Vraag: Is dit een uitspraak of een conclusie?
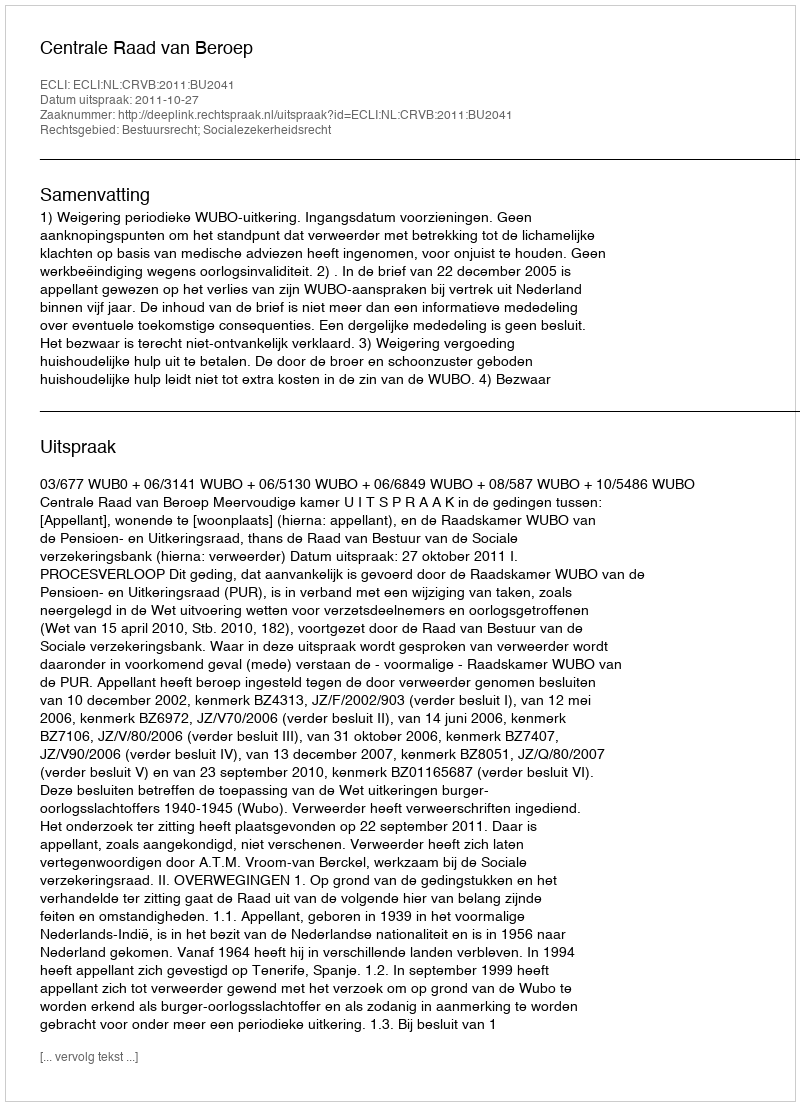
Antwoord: Uitspraak